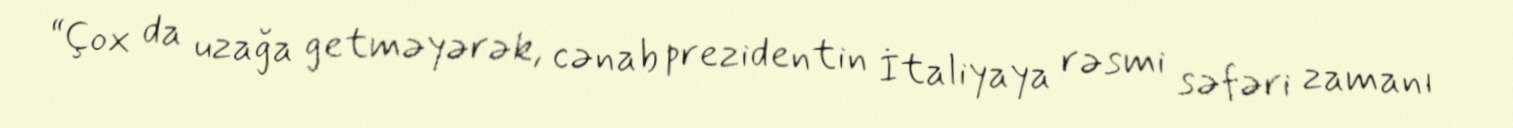
“Çox da uzağa getməyərək, cənab prezidentin İtaliyaya rəsmi səfəri zamanı